Leaving Certificate Examination (including Day School Certificate (Higher) General paper), 1937
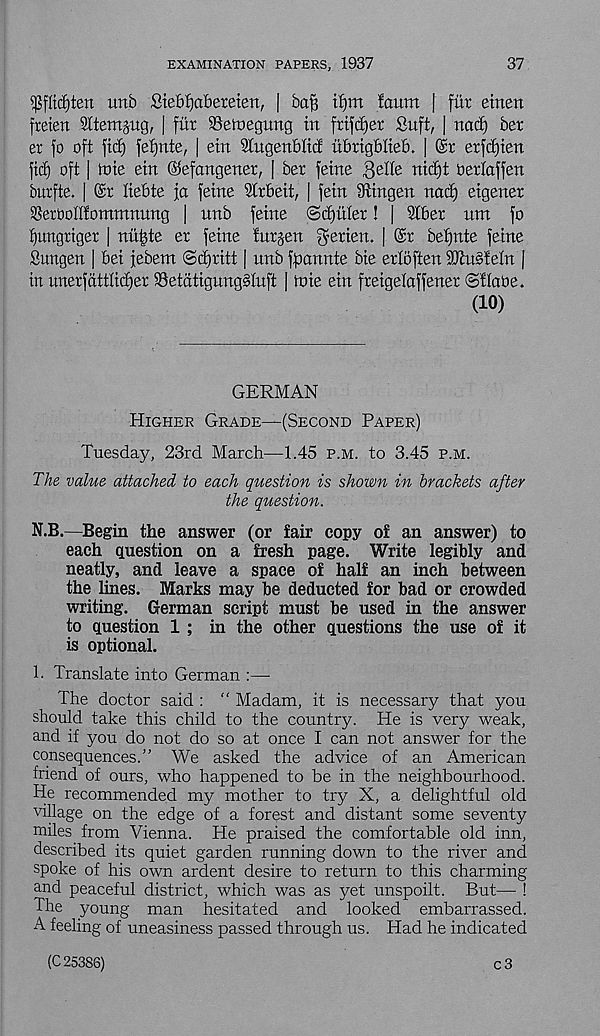
EXAMINATION PAPERS, 1937
37
^flttf)ten mb £iebf)abetetert, | baB tf)m laum | filr einen
freten Sltemjug, | fitr Seloegung in frtftfjer Suft, | nad) bet
er fo oft fid) fefjnte, [ etn SCugenbltd nbrtgblieb. | @r erfc£)ten
fit^ oft | tote ein ©efangener, | her feme Bette nict)t Oertaffen
burfte. |
tiebte fa feme Strbeit, | fein Stingen nacf) eigener
SSerootttommnung | nnb feme ©fitter! | 2lber nm fo
tjungriger | nu|te er feme fatten Berten. | @t betfnte feme
Sungen | bet febem ©ctjritt [ unb fgarmte bie ertoften 9)tu§tetn |
in unerfatttidfer 93etatignng§tnft | ioie ein freigetaffener ©ttaoe.
(10)
GERMAN
Higher Grade—(Second Paper)
Tuesday, 23rd March—1.45 p.m. to 3.45 p.m.
The value attached to each question is shown in brackets after
the question.
N.B.—Begin the answer (or fair copy of an answer) to
each question on a fresh page. Write legibly and
neatly, and leave a space of half an inch between
the lines. Marks may be deducted for bad or crowded
writing. German script must be used in the answer
to question 1 ; in the other questions the use of it
is optional.
1. Translate into German :—•
The doctor said : " Madam, it is necessary that you
should take this child to the country. He is very weak,
and if you do not do so at once I can not answer for the
consequences.” We asked the advice of an American
friend of ours, who happened to be in the neighbourhood.
He recommended my mother to try X, a delightful old
village on the edge of a forest and distant some seventy
miles from Vienna. He praised the comfortable old inn,
described its quiet garden running down to the river and
spoke of his own ardent desire to return to this charming
and peaceful district, which was as yet unspoilt. But— !
The young man hesitated and looked embarrassed.
A feeling of uneasiness passed through us. Had he indicated
(C 25386)
c3